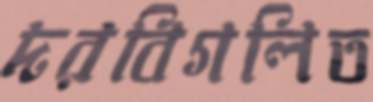
দরবিগলিত